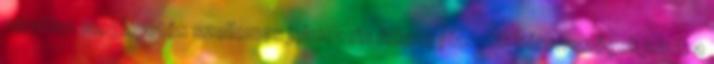
váratlan meglepetés szellemes jelmezein fekete plasztik háromszögek jelzik a